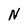
Character: N